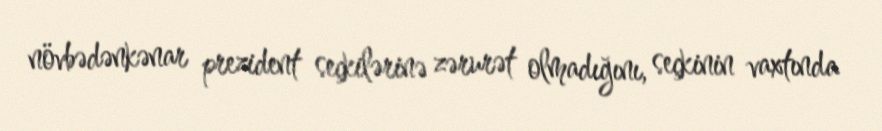
növbədənkənar prezident seçkilərinə zərurət olmadığını, seçkinin vaxtında